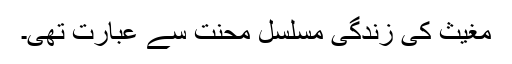
مغیث کی زندگی مسلسل محنت سے عبارت تھی۔